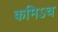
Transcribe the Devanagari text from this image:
कमिऽच